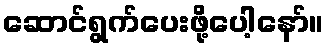
ဆောင်ရွက်ပေးဖို့ပေါ့နော်။